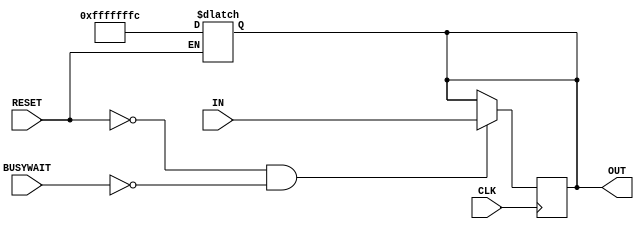

 /*______________________________________________________________________________
  |                                                                              |
  |  File Name         -register_32bit.v                                         |
  |  Created By        -Group1(E17)                                              |
  |  Project/ Course   -CO502                                                    |
  |  Institute         -University of peradeniya                                 |
  |  Date              -05.04.2023                                               |
  |  Discription       -Register                                                 |
  |______________________________________________________________________________|
  
*/module register_32bit (IN, OUT, RESET, CLK, BUSYWAIT);

    //declare the ports
    input [31:0] IN;
    input RESET, CLK, BUSYWAIT;
    output reg [31:0] OUT;

    //reset the register to -4 whenever the reset signal changes from low to high
    //resetting has a #1 delay
    always @ (RESET) begin
        if (RESET) #1 OUT = -32'd4;
    end

    
    always @ (posedge CLK) begin
        #1
        if (!RESET & !BUSYWAIT)  OUT = IN;
    end

endmodule